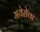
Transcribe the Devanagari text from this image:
मयेरोवा